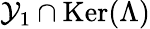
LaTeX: \mathcal{Y}_{1}\cap\mathop{\mathrm{Ker}}(\Lambda)